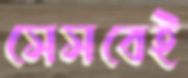
সেসবেই